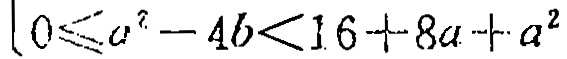
\(0\leqslant a^{2}-4b<16 + 8a + a^{2}\)